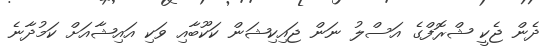
ދެން ޖެކީ ޝްރޮފްގެ އަސްލު ނަން ޖައިކިޝަން ކަކޫބާއި ވަކި އައިޝާއަށް ކަމުދާނެ